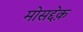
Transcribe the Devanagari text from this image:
मोसद्देक़